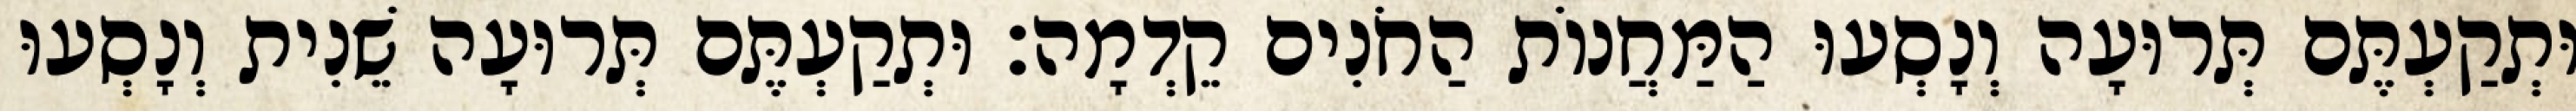
וּתְקַעְתֶּם תְּרוּעָה וְנָסְעוּ הַמַּחֲנוֹת הַחֹנִים קֵדְמָה׃ וּתְקַעְתֶּם תְּרוּעָה שֵׁנִית וְנָסְעוּ